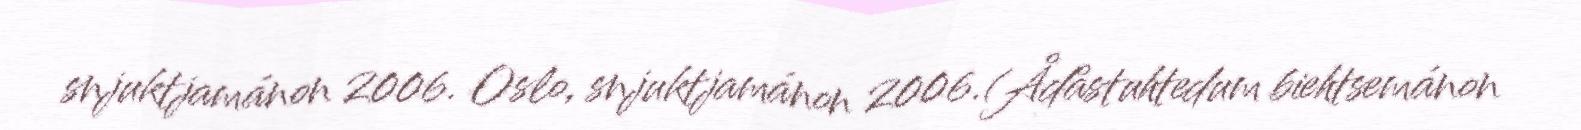
snjuktjamánon 2006. Oslo, snjuktjamánon 2006.(Ådåstuhtedum biehtsemánon